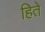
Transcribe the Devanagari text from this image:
हिते